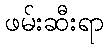
ဖမ်းဆီးရာ